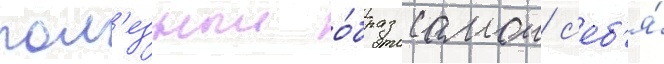
пол'езныи о́браз самои с'еб'я́